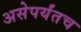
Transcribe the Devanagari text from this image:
असेपर्यंतच